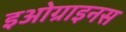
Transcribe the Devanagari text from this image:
इओग्राइनस